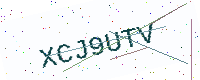
Text: XCJ9UTV